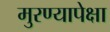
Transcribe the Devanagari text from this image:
मुरण्यापेक्षा